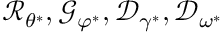
\mathcal { R } _ { \theta ^ { * } } , \mathcal { G } _ { \varphi ^ { * } } , \mathcal { D } _ { \gamma ^ { * } } , \mathcal { D } _ { \omega ^ { * } }